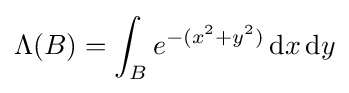
\Lambda (B)=\int _{B}e^{-(x^{2}+y^{2})}\,\mathrm {d} x\,\mathrm {d} y